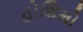
હોશિમો